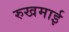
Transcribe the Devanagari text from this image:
रुखमाई